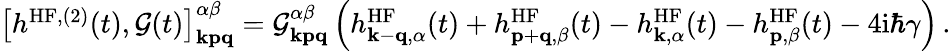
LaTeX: \begin{array}{r}{\left[h^{\mathrm{HF},(2)}(t),\mathcal{G}(t)\right]_{\mathbf{kpq}}^{\alpha\beta}=\mathcal{G}_{\mathbf{kpq}}^{\alpha\beta}\left(h_{\mathbf{k}-\mathbf{q},\alpha}^{\mathrm{HF}}(t)+h_{\mathbf{p}+\mathbf{q},\beta}^{\mathrm{HF}}(t)-h_{\mathbf{k},\alpha}^{\mathrm{HF}}(t)-h_{\mathbf{p},\beta}^{\mathrm{HF}}(t)-4\mathrm{i}\hbar\gamma\right)\, .}\end{array}